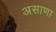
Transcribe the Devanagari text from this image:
असाणा